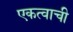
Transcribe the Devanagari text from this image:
एकत्वाची